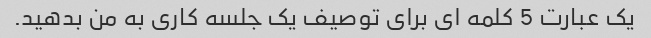
یک عبارت 5 کلمه ای برای توصیف یک جلسه کاری به من بدهید.